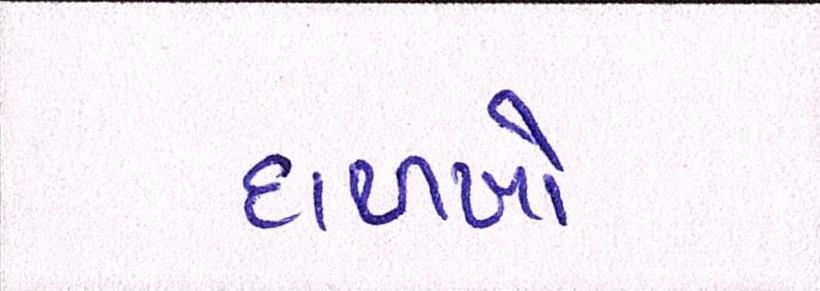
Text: દાળખો